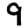
Digit: 9